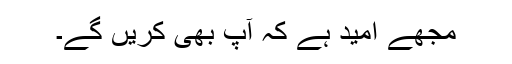
مجھے امید ہے کہ آپ بھی کریں گے۔